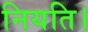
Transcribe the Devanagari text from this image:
नियति।